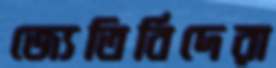
জ্যেতির্বিদেরা